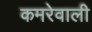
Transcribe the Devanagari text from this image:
कमरेवाली